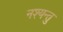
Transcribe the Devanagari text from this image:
नश्यन्तु